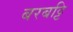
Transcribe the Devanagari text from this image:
बरबट्टि